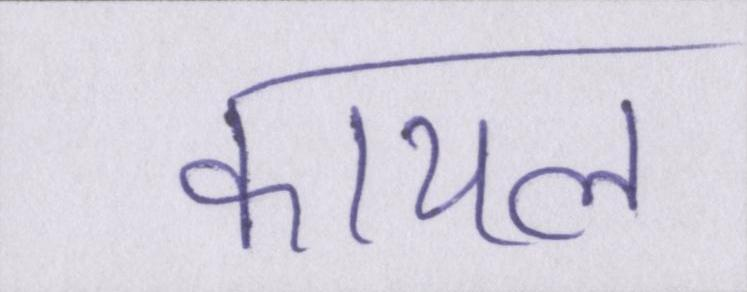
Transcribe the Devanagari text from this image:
कायल